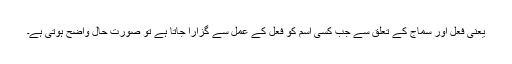
یعنی فعل اور سماج کے تعلق سے جب کسی اسم کو فعل کے عمل سے گزارا جاتا ہے تو صورت حال واضح ہوتی ہے۔